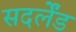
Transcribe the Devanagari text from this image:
सदर्लेंड